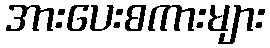
အားပေးစကားများ